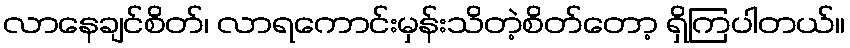
လာနေချင်စိတ်၊ လာရကောင်းမှန်းသိတဲ့စိတ်တော့ ရှိကြပါတယ်။